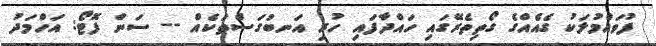
ފުވައްމުލަކު ގެއެއްގެ ގޯތިތެރޭގައި ހައްދާފައި ހުރި އަނބުގަސްތަކެއް -- ސަން ފޮޓޯ: އަހްމަދު